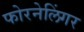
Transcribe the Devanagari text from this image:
फोरनेलिंगर